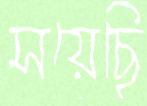
সয়েছি